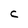
Character: C